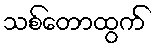
သစ်တောထွက်